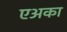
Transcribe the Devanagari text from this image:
एअका